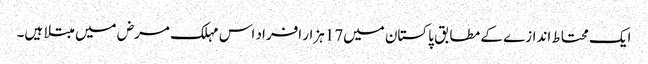
ایک محتاط اندازے کے مطابق پاکستان میں17ہزار افراد اس مہلک مرض میں مبتلا ہیں۔